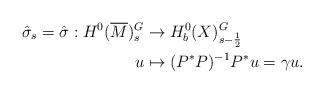
LaTeX: \begin{align*}\hat{\sigma}_s=\hat{\sigma}: H^0(\overline M)^G_s&\to H^0_b(X)^G_{s-\frac{1}{2}} \\u&\mapsto (P^\ast P)^{-1}P^\ast u=\gamma u.\end{align*}